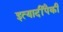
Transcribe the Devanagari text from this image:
इत्यादींपैकी